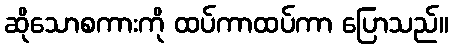
ဆိုသောစကားကို ထပ်ကာထပ်ကာ ပြောသည်။